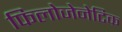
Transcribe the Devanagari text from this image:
फिलोजेनेटिक